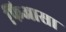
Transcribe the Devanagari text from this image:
फिआसा